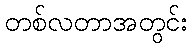
တစ်လတာအတွင်း